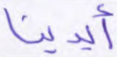
أيدينا